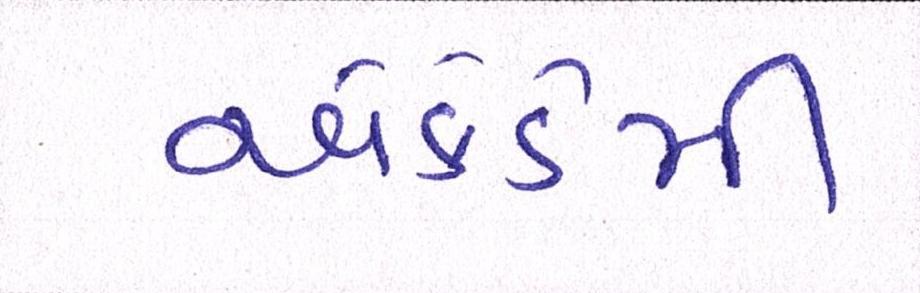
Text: એકેડેમી